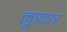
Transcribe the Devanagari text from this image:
मूत्रपात्र